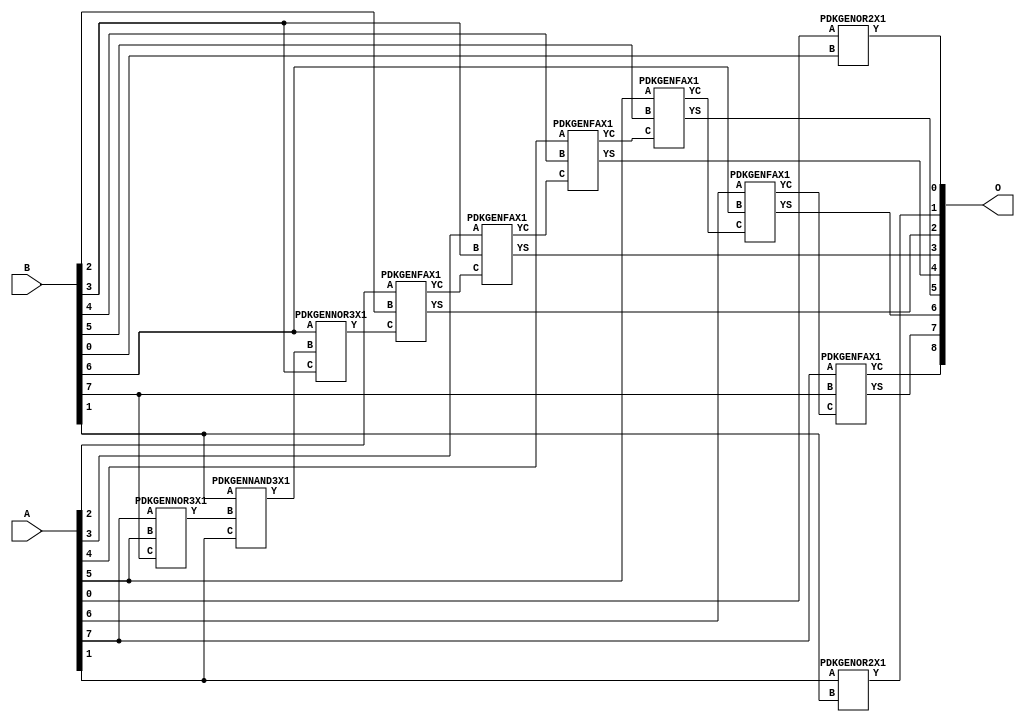
/***
* This code is a part of EvoApproxLib library (ehw.fit.vutbr.cz/approxlib) distributed under The MIT License.
* When used, please cite the following article(s): PRABAKARAN B. S., MRAZEK V., VASICEK Z., SEKANINA L., SHAFIQUE M. ApproxFPGAs: Embracing ASIC-based Approximate Arithmetic Components for FPGA-Based Systems. DAC 2020. 
***/
// MAE% = 0.14 %
// MAE = 0.7 
// WCE% = 0.59 %
// WCE = 3.0 
// WCRE% = 50.00 %
// EP% = 43.75 %
// MRE% = 0.39 %
// MSE = 1.5 
// FPGA_POWER = 0.33
// FPGA_DELAY = 8.1
// FPGA_LUT = 9.0


module add8u_5L3(A, B, O);
  input [7:0] A;
  input [7:0] B;
  output [8:0] O;
  wire [2031:0] N;
  assign N[0] = A[0];
  assign N[1] = A[0];
  assign N[2] = A[1];
  assign N[3] = A[1];
  assign N[4] = A[2];
  assign N[5] = A[2];
  assign N[6] = A[3];
  assign N[7] = A[3];
  assign N[8] = A[4];
  assign N[9] = A[4];
  assign N[10] = A[5];
  assign N[11] = A[5];
  assign N[12] = A[6];
  assign N[13] = A[6];
  assign N[14] = A[7];
  assign N[15] = A[7];
  assign N[16] = B[0];
  assign N[17] = B[0];
  assign N[18] = B[1];
  assign N[19] = B[1];
  assign N[20] = B[2];
  assign N[21] = B[2];
  assign N[22] = B[3];
  assign N[23] = B[3];
  assign N[24] = B[4];
  assign N[25] = B[4];
  assign N[26] = B[5];
  assign N[27] = B[5];
  assign N[28] = B[6];
  assign N[29] = B[6];
  assign N[30] = B[7];
  assign N[31] = B[7];
  PDKGENOR2X1 n32(.A(N[0]), .B(N[16]), .Y(N[32]));
  PDKGENNOR3X1 n38(.A(N[14]), .B(N[10]), .C(N[30]), .Y(N[38]));
  assign N[39] = N[38];
  PDKGENNAND3X1 n76(.A(N[18]), .B(N[39]), .C(N[2]), .Y(N[76]));
  assign N[77] = N[76];
  PDKGENNOR3X1 n80(.A(N[28]), .B(N[77]), .C(N[22]), .Y(N[80]));
  assign N[81] = N[80];
  PDKGENOR2X1 n82(.A(N[2]), .B(N[18]), .Y(N[82]));
  PDKGENFAX1 n132(.A(N[4]), .B(N[20]), .C(N[81]), .YS(N[132]), .YC(N[133]));
  PDKGENFAX1 n182(.A(N[6]), .B(N[22]), .C(N[133]), .YS(N[182]), .YC(N[183]));
  PDKGENFAX1 n232(.A(N[8]), .B(N[24]), .C(N[183]), .YS(N[232]), .YC(N[233]));
  PDKGENFAX1 n282(.A(N[10]), .B(N[26]), .C(N[233]), .YS(N[282]), .YC(N[283]));
  PDKGENFAX1 n332(.A(N[12]), .B(N[28]), .C(N[283]), .YS(N[332]), .YC(N[333]));
  PDKGENFAX1 n382(.A(N[14]), .B(N[30]), .C(N[333]), .YS(N[382]), .YC(N[383]));
  assign O[0] = N[32];
  assign O[1] = N[82];
  assign O[2] = N[132];
  assign O[3] = N[182];
  assign O[4] = N[232];
  assign O[5] = N[282];
  assign O[6] = N[332];
  assign O[7] = N[382];
  assign O[8] = N[383];
endmodule


/* mod */
module PDKGENFAX1( input A, input B, input C, output YS, output YC );
    assign YS = (A ^ B) ^ C;
    assign YC = (A & B) | (B & C) | (A & C);
endmodule
/* mod */
module PDKGENNAND3X1(input A, input B, input C, output Y );
     assign Y = ~((A & B) & C);
endmodule
/* mod */
module PDKGENNOR3X1(input A, input B, input C, output Y );
     assign Y = ~((A | B) | C);
endmodule
/* mod */
module PDKGENOR2X1(input A, input B, output Y );
     assign Y = A | B;
endmodule